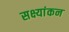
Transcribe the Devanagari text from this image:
सक्ष्यांकन